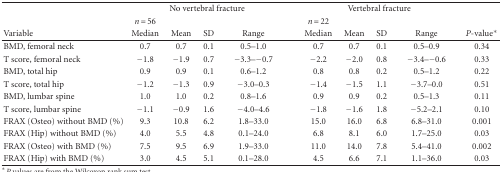
<table><thead><tr><td></td><td colspan="6"><b>No vertebral fracture</b></td><td></td><td colspan="6"><b> Vertebral fracture</b></td><td></td></tr><tr><td></td><td><b><i>n</i> = 56</b></td><td></td><td></td><td></td><td></td><td></td><td></td><td><b><i>n</i> = 22</b></td><td></td><td></td><td></td><td></td><td></td><td></td></tr><tr><td><b>Variable</b></td><td><b>Median</b></td><td><b>Mean</b></td><td><b>SD</b></td><td colspan="3"><b>Range</b></td><td></td><td><b>Median</b></td><td><b>Mean</b></td><td><b>SD</b></td><td colspan="3"><b>Range</b></td><td><b><i>P</i>-value*</b></td></tr></thead><tbody><tr><td>BMD, femoral neck</td><td>0.7</td><td>0.7</td><td>0.1</td><td colspan="3">0.5–1.0</td><td></td><td>0.7</td><td>0.7</td><td>0.1</td><td colspan="3">0.5–0.9</td><td>0.34</td></tr><tr><td>T score, femoral neck</td><td>−1.8</td><td>−1.9</td><td>0.7</td><td colspan="3">−3.3–−0.7</td><td></td><td>−2.2</td><td>−2.0</td><td>0.8</td><td colspan="3">−3.4–−0.6</td><td>0.33</td></tr><tr><td>BMD, total hip</td><td>0.9</td><td>0.9</td><td>0.1</td><td colspan="3">0.6–1.2</td><td></td><td>0.8</td><td>0.8</td><td>0.2</td><td colspan="3">0.5–1.2</td><td>0.22</td></tr><tr><td>T score, total hip</td><td>−1.2</td><td>−1.3</td><td>0.9</td><td colspan="3">−3.0–0.3</td><td></td><td>−1.4</td><td>−1.5</td><td>1.1</td><td colspan="3">−3.7–0.0</td><td>0.51</td></tr><tr><td>BMD, lumbar spine</td><td>1.0</td><td>1.0</td><td>0.2</td><td colspan="3">0.8–1.6</td><td></td><td>0.9</td><td>0.9</td><td>0.2</td><td colspan="3">0.5–1.3</td><td>0.11</td></tr><tr><td>T score, lumbar spine</td><td>−1.1</td><td>−0.9</td><td>1.6</td><td colspan="3">−4.0–4.6</td><td></td><td>−1.8</td><td>−1.6</td><td>1.8</td><td colspan="3">−5.2–2.1</td><td>0.10</td></tr><tr><td>FRAX (Osteo) without BMD (%)</td><td>9.3</td><td>10.8</td><td>6.2</td><td colspan="3">1.8–33.0</td><td></td><td>15.0</td><td>16.0</td><td>6.8</td><td colspan="3">6.8–31.0</td><td>0.001</td></tr><tr><td>FRAX (Hip) without BMD (%)</td><td>4.0</td><td>5.5</td><td>4.8</td><td colspan="3">0.1–24.0</td><td></td><td>6.8</td><td>8.1</td><td>6.0</td><td colspan="3">1.7–25.0</td><td>0.03</td></tr><tr><td>FRAX (Osteo) with BMD (%)</td><td>7.5</td><td>9.5</td><td>6.9</td><td colspan="3">1.9–33.0</td><td></td><td>11.0</td><td>14.0</td><td>7.8</td><td colspan="3">5.4–41.0</td><td>0.002</td></tr><tr><td>FRAX (Hip) with BMD (%)</td><td>3.0</td><td>4.5</td><td>5.1</td><td colspan="3">0.1–28.0</td><td></td><td>4.5</td><td>6.6</td><td>7.1</td><td colspan="3">1.1–36.0</td><td>0.03</td></tr></tbody></table>